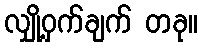
လျှို့ဝှက်ချက် တခု။